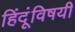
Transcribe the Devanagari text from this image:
हिंदूंविषयी